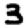
Digit: 3